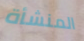
المنشأة